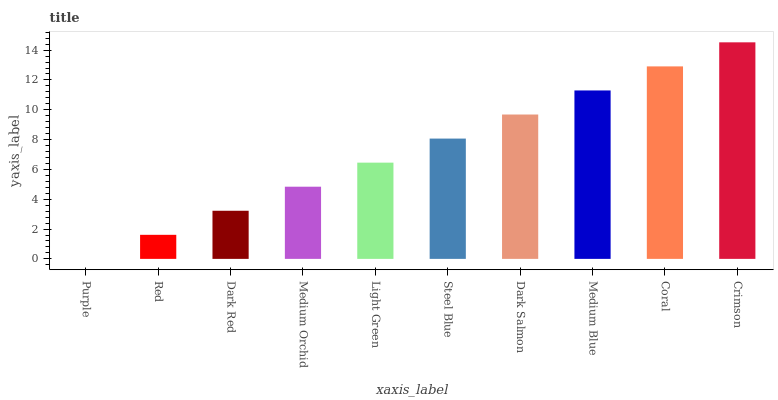
| xaxis_label | bars |
 | --- | --- |
 | Purple | 0 |
 | Red | 1.61 |
 | Dark Red | 3.23 |
 | Medium Orchid | 4.84 |
 | Light Green | 6.45 |
 | Steel Blue | 8.07 |
 | Dark Salmon | 9.68 |
 | Medium Blue | 11.3 |
 | Coral | 12.9 |
 | Crimson | 14.5 |